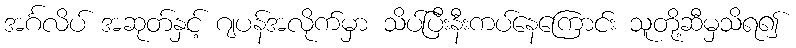
အင်္ဂလိပ် အဆုတ်နှင့် ဂျပန်အလိုက်မှာ သိပ်ပြီးနီးကပ်နေကြောင်း သူတို့ဆီမှသိရ၍